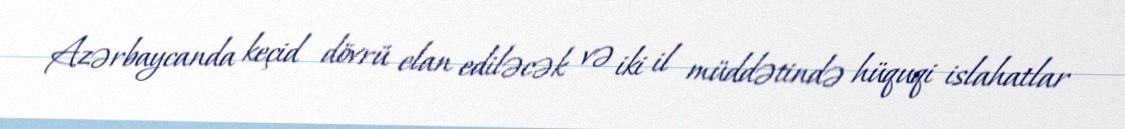
Azərbaycanda keçid dövrü elan ediləcək və iki il müddətində hüquqi islahatlar